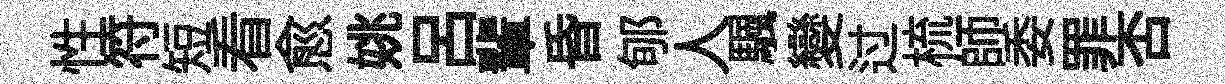
性符短看愈姚呂輩昏郇人颿變过梳師委罪否